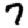
Digit: 7